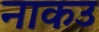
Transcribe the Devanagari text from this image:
नाकउ